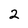
Character: 2